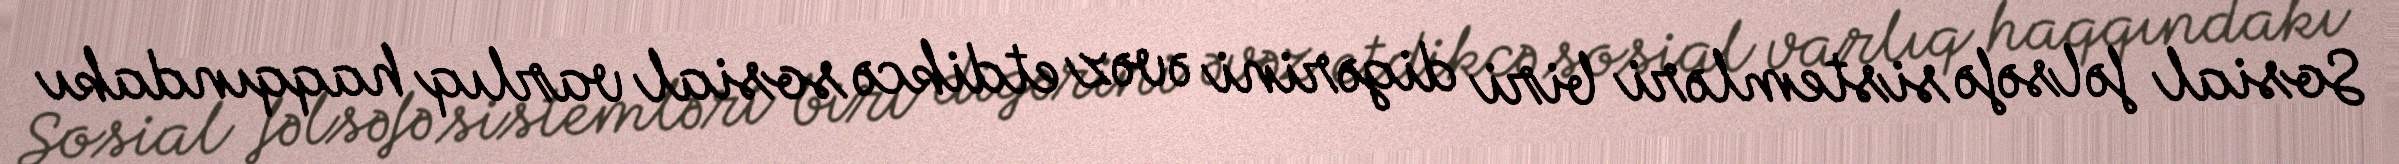
Sosial fəlsəfə sistemləri biri digərini əvəz etdikcə sosial varlıq haqqındakı